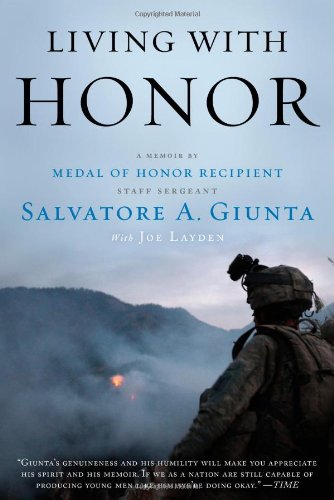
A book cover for Living with Honor: A Memoir; Sal Giunta; History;